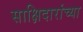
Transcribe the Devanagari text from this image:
साक्षिदारांच्या